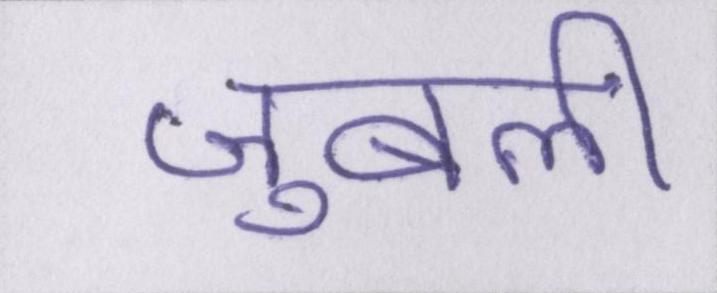
जुबली